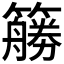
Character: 𰪜